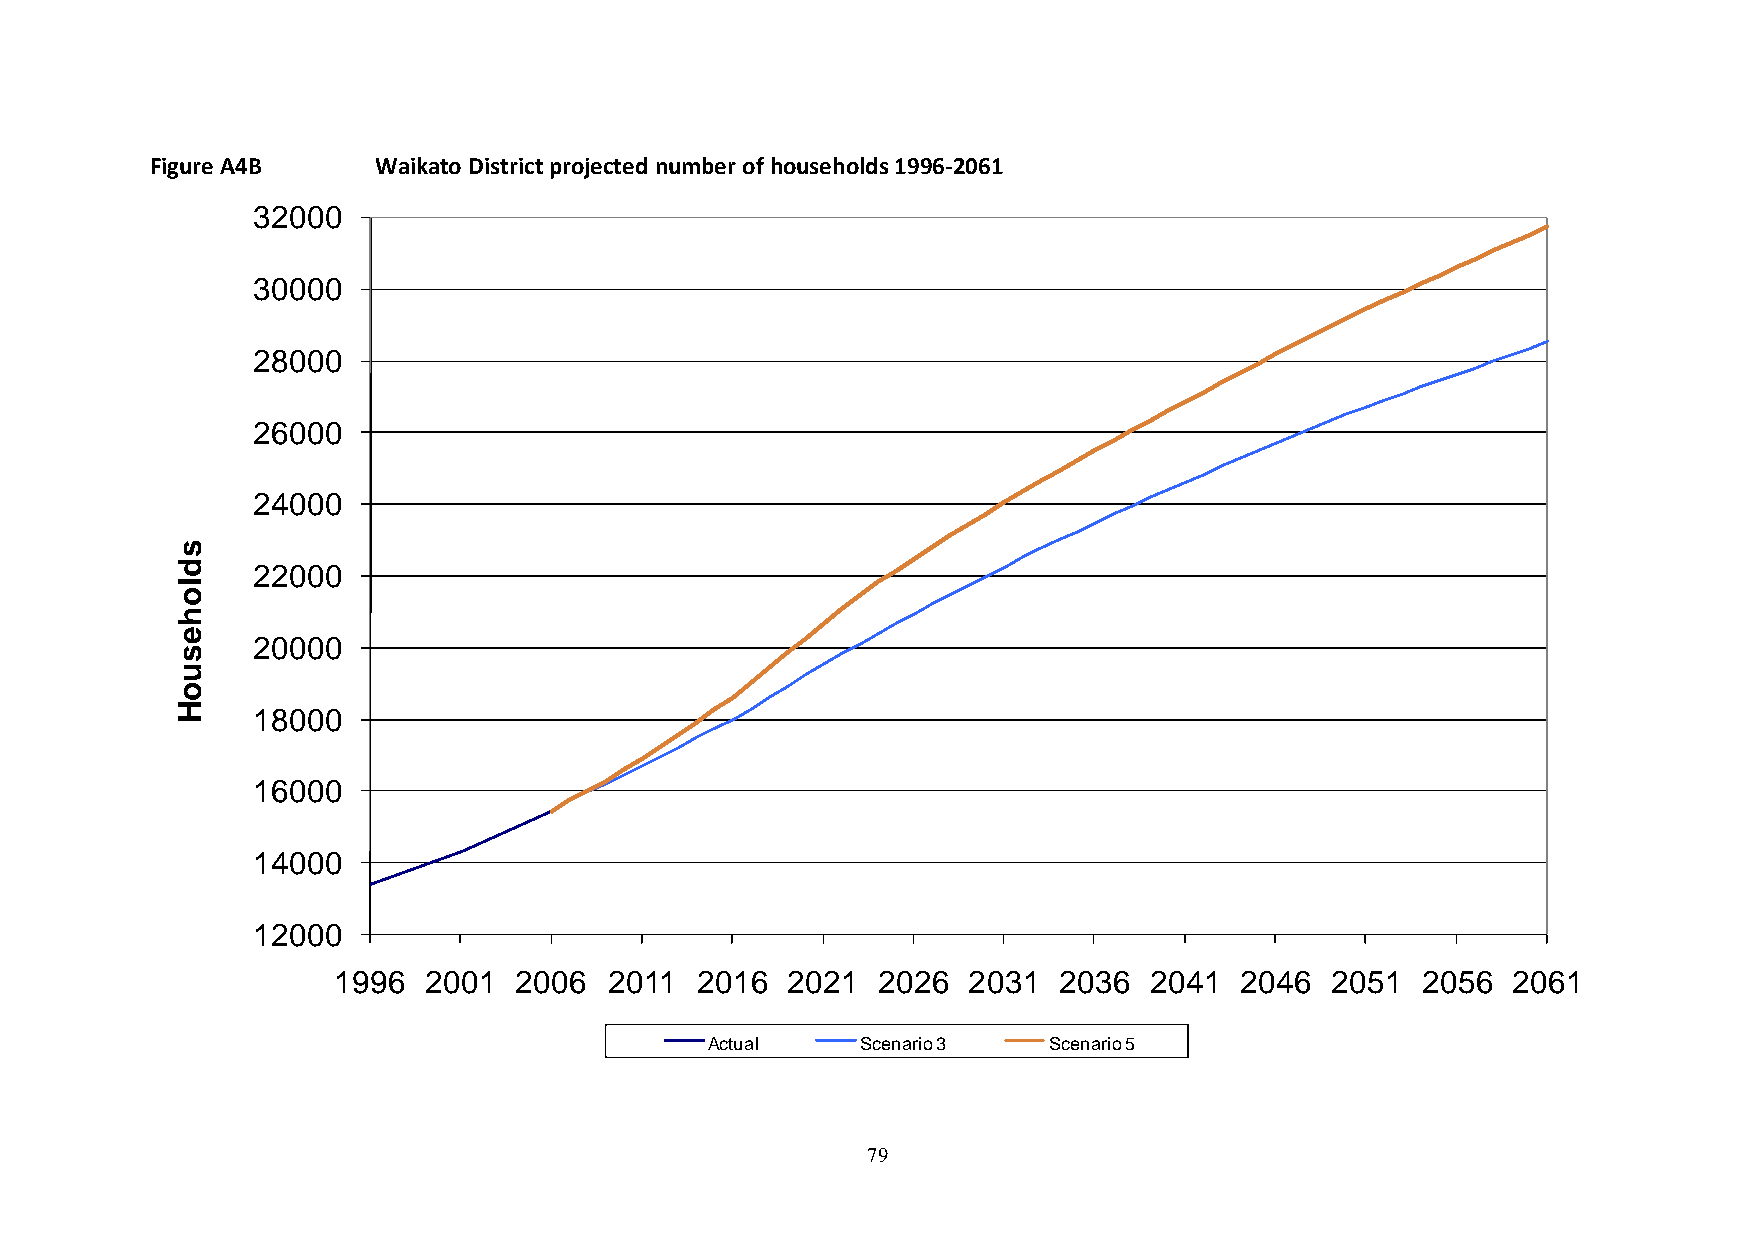
Figure A4B     Waikato District projected number of households 1996-2061
 32000
 30000
 28000
 26000
 24000
 s
 d    22000
 l
 o
 h
 e
 20000
 s
 u
 o
 H    18000
 16000
 14000
 12000
 1996  2001  2006  2011  2016  2021  2026  2031  2036  2041  2046  2051  2056  2061
 Actual    Scenario 3  Scenario 5
 79